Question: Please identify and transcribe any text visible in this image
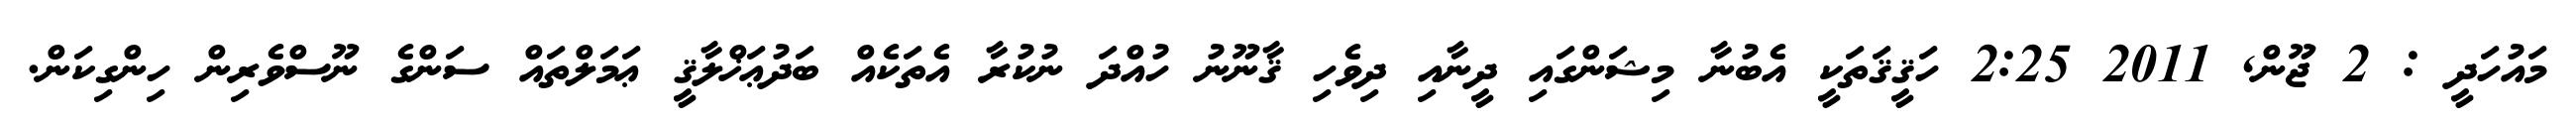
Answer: މައުހަދީ : 2 ޖޫން, 2011 2:25 ހަޤީޤަތަކީ އެބުނާ މިޝަންގައި ދީނާއި ދިވެހި ޤާނޫނު ހުއްދަ ނުކުރާ އެތަކެއް ބަދުޢަޚްލާޤީ ޢަމަލްތައް ސަންގެ ނޫސްވެރިން ހިންގިކަން.